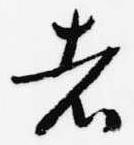
者